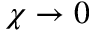
\chi \rightarrow 0